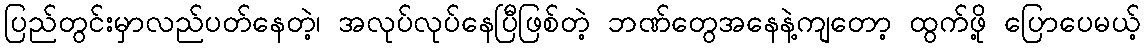
ပြည်တွင်းမှာလည်ပတ်နေတဲ့၊ အလုပ်လုပ်နေပြီဖြစ်တဲ့ ဘဏ်တွေအနေနဲ့ကျတော့ ထွက်ဖို့ ပြောပေမယ့်